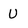
Character: U